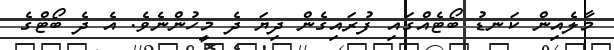
މާލެއިން ކަނޑު ބޯޓެއްގައި ފުރައިގެން ދިޔަ ދެ މީހުންނެވެ. އެ ދެ ބޯޓްގެ